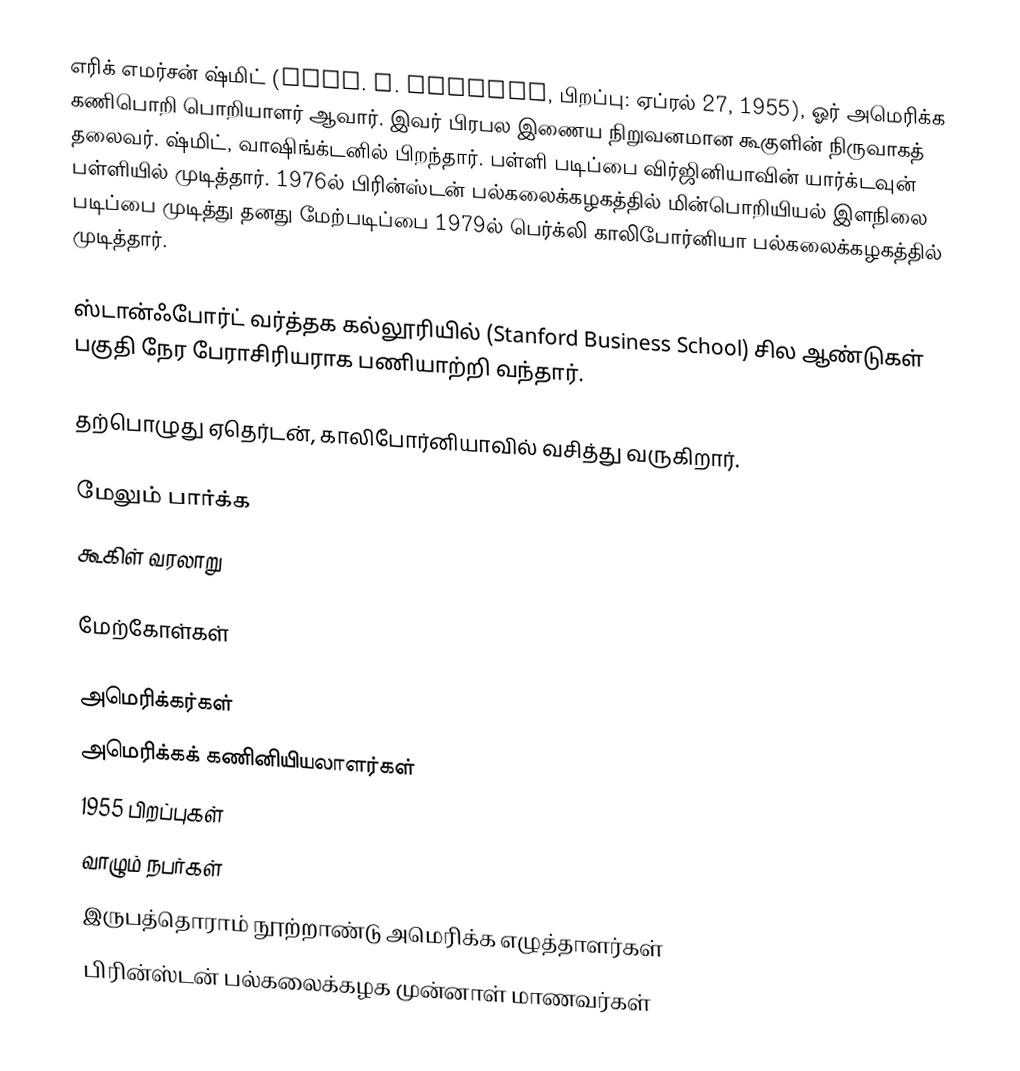
எரிக் எமர்சன் ஷ்மிட் (Eric. E. Schmidt, பிறப்பு: ஏப்ரல் 27, 1955), ஓர் அமெரிக்க கணிபொறி பொறியாளர் ஆவார். இவர் பிரபல இணைய நிறுவனமான கூகுளின் நிருவாகத் தலைவர். ஷ்மிட், வாஷிங்க்டனில் பிறந்தார். பள்ளி படிப்பை விர்ஜினியாவின் யார்க்டவுன் பள்ளியில் முடித்தார். 1976ல் பிரின்ஸ்டன் பல்கலைக்கழகத்தில் மின்பொறியியல் இளநிலை படிப்பை முடித்து தனது மேற்படிப்பை 1979ல் பெர்க்லி காலிபோர்னியா பல்கலைக்கழகத்தில் முடித்தார்.

ஸ்டான்ஃபோர்ட் வர்த்தக கல்லூரியில் (Stanford Business School) சில ஆண்டுகள் பகுதி நேர பேராசிரியராக பணியாற்றி வந்தார்.

தற்பொழுது ஏதெர்டன், காலிபோர்னியாவில் வசித்து வருகிறார்.

மேலும் பார்க்க
 கூகிள் வரலாறு

மேற்கோள்கள்

அமெரிக்கர்கள்
அமெரிக்கக் கணினியியலாளர்கள்
1955 பிறப்புகள்
வாழும் நபர்கள்
இருபத்தொராம் நூற்றாண்டு அமெரிக்க எழுத்தாளர்கள்
பிரின்ஸ்டன் பல்கலைக்கழக முன்னாள் மாணவர்கள்